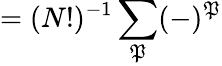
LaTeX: =(N!)^{-1}\sum_{\cal\mathfrak{P}}(-)^{\cal\mathfrak{P}}